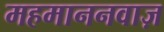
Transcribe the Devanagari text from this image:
महमाननवाज़